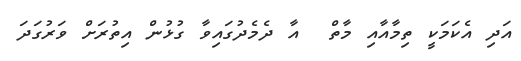
އަދި އެކަމަކީ ތިމާއާއި މާތް  އާ ދެމެދުގައިވާ ގުޅުން އިތުރަށް ވަރުގަދަ